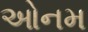
ઓનમ